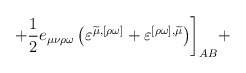
\begin{align*}+\frac 12e_{\mu \nu \rho \omega }\left( \varepsilon^{\widetilde{\mu },[\rho \omega ]}+\varepsilon ^{[\rho \omega],\widetilde{\mu }}\right) \biggr ] _{AB}+ \end{align*}